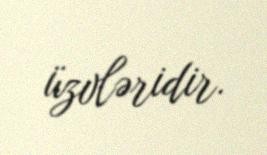
üzvləridir.